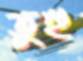
তুহু